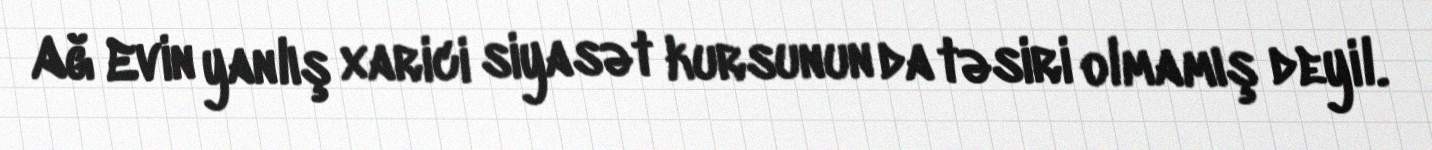
Ağ Evin yanlış xarici siyasət kursunun da təsiri olmamış deyil.